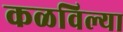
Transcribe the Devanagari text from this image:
कळविल्या